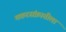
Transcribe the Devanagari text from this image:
मकरसंक्रातीला